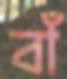
বাঁ